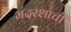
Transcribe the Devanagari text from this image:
मदरशाची